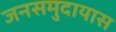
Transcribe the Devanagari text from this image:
जनसमुदायास